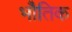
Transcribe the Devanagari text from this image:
भोैतिक